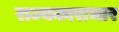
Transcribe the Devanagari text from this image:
राज्यकाराभार